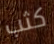
كثب